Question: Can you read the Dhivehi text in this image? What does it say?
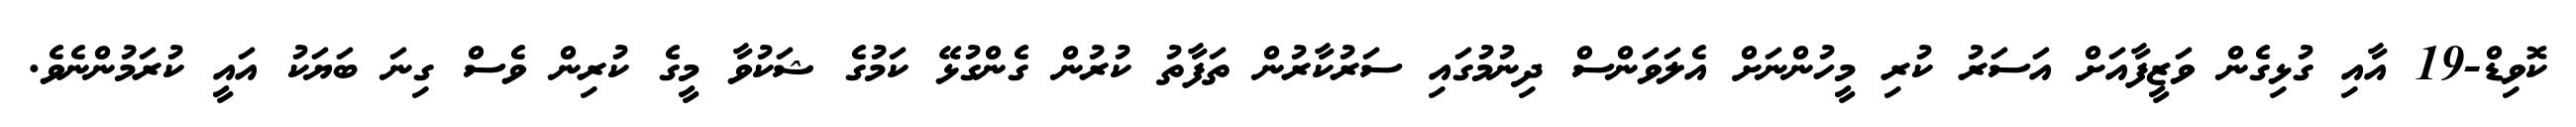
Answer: ކޮވިޑް-19 އާއި ގުޅިގެން ވަޒީފާއަށް އަސަރު ކުރި މީހުންނަށް އެލަވަންސް ދިނުމުގައި ސަރުކާރުން ތަފާތު ކުރުން ގެންގުޅޭ ކަމުގެ ޝަކުވާ މީގެ ކުރިން ވެސް ގިނަ ބަޔަކު އައީ ކުރަމުންނެވެ.